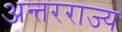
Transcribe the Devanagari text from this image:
अन्तरराज्य